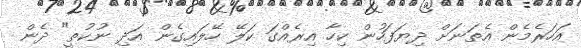
އަހަރެމެން އެތަނަށް ދިޔަފަހުން ކިހާ އިރެއްގަ ކަލޭ ހޭލައިގެން އަދި ނުކުތީ" ދެން